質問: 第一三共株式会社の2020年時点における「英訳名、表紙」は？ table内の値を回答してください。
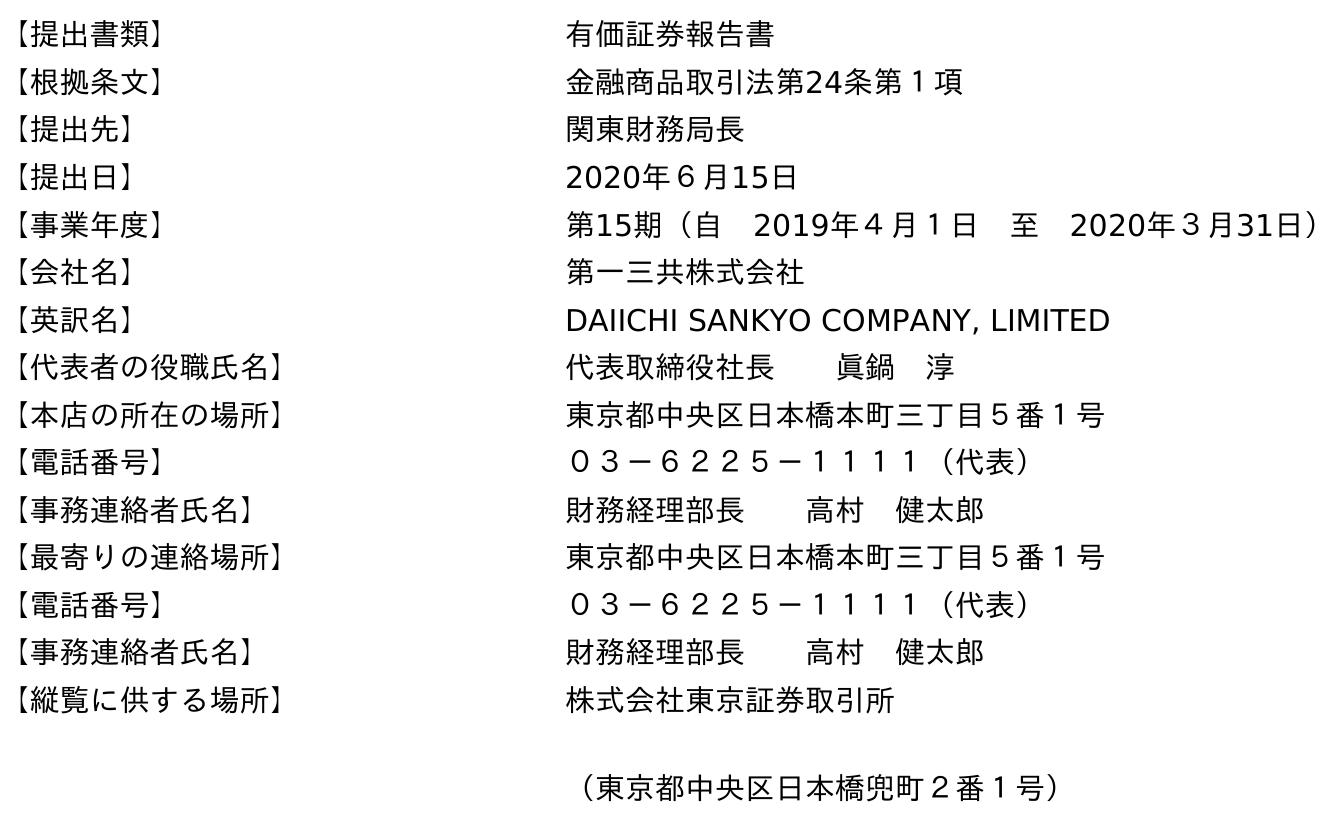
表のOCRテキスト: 【提出書類】 有価証券報告書 【根拠条文】 金融商品取引法第24条第１項 【提出先】 関東財務局長 【提出日】 2020年６月15日 【事業年度】 第15期（自 2019年４月１日 至 2020年３月31日） 【会社名】 第一三共株式会社 【英訳名】 DAIICHI SANKYO COMPANY, LIMITED 【代表者の役職氏名】 代表取締役社長  眞鍋 淳 【本店の所在の場所】 東京都中央区日本橋本町三丁目５番１号 【電話番号】 ０３－６２２５－１１１１（代表） 【事務連絡者氏名】 財務経理部長  高村 健太郎 【最寄りの連絡場所】 東京都中央区日本橋本町三丁目５番１号 【電話番号】 ０３－６２２５－１１１１（代表） 【事務連絡者氏名】 財務経理部長  高村 健太郎 【縦覧に供する場所】 株式会社東京証券取引所 （東京都中央区日本橋兜町２番１号）
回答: DAIICHI SANKYO COMPANY, LIMITED